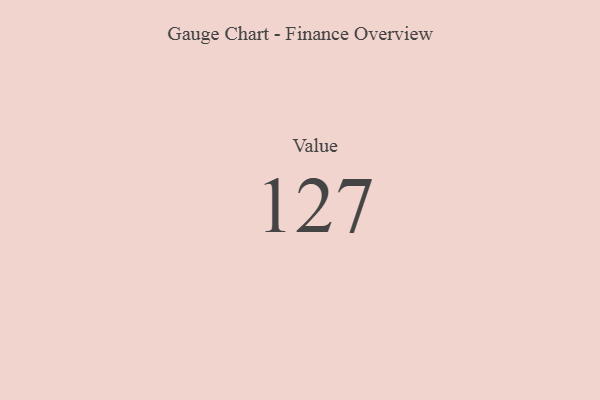
{"axis": {"x": "Metric", "y": "Value"}, "legend": [""], "data": [{"x": "Value", "y": 127, "type": ""}]}